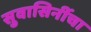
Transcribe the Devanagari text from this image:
सुवासिनींचा